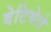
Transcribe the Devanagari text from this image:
बेटियेले